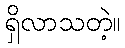
ရှိလာသတဲ့။